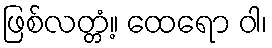
ဖြစ်လတ္တံ့။ ထေရော ဝါ၊